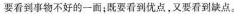
要看到事物不好的一面；既要看到优点，又要看到缺点。